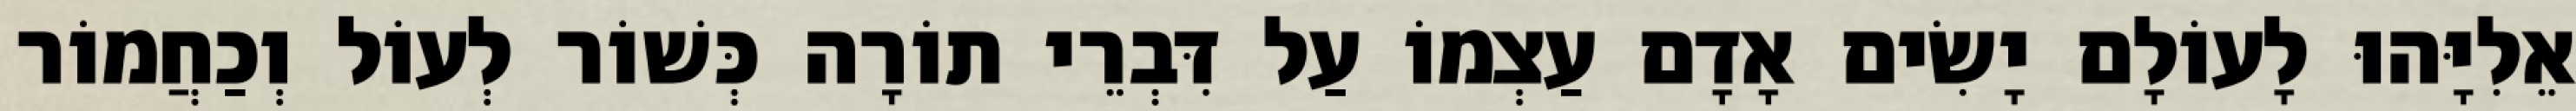
אֵלִיָּהוּ לָעוֹלָם יָשִׂים אָדָם עַצְמוֹ עַל דִּבְרֵי תוֹרָה כְּשׁוֹר לְעוֹל וְכַחֲמוֹר